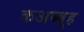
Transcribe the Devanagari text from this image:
कअब्बूह